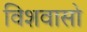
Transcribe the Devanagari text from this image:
विशवासो